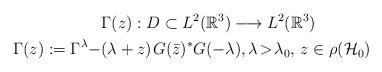
LaTeX: \begin{align*} &\Gamma(z):D\subset L^2(\mathbb{R}^3)\longrightarrow L^2(\mathbb{R}^3)\\ \Gamma(z):=\Gamma^\lambda-&(\lambda+z)\mspace{1.5mu}G(\bar{z})^\ast G(-\lambda),\lambda\!>\!\lambda_0,\,z\in\rho(\mathcal{H}_0) \end{align*}